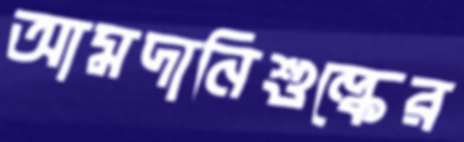
আমদানিশুল্কের